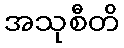
အသုစီတိ